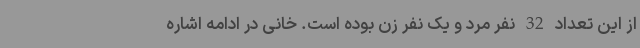
از این تعداد 32 نفر مرد و یک نفر زن بوده است. خانی در ادامه اشاره